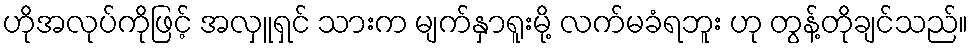
ဟိုအလုပ်ကိုဖြင့် အလှူရှင် သားက မျက်နှာရူးမို့ လက်မခံရဘူး ဟု တွန့်တိုချင်သည်။